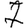
Digit: 7